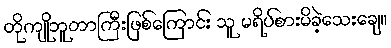
တိုကျိုဘူတာကြီးဖြစ်ကြောင်း သူ မရိပ်စားမိခဲ့သေးချေ။